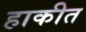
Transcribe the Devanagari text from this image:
हाकीत